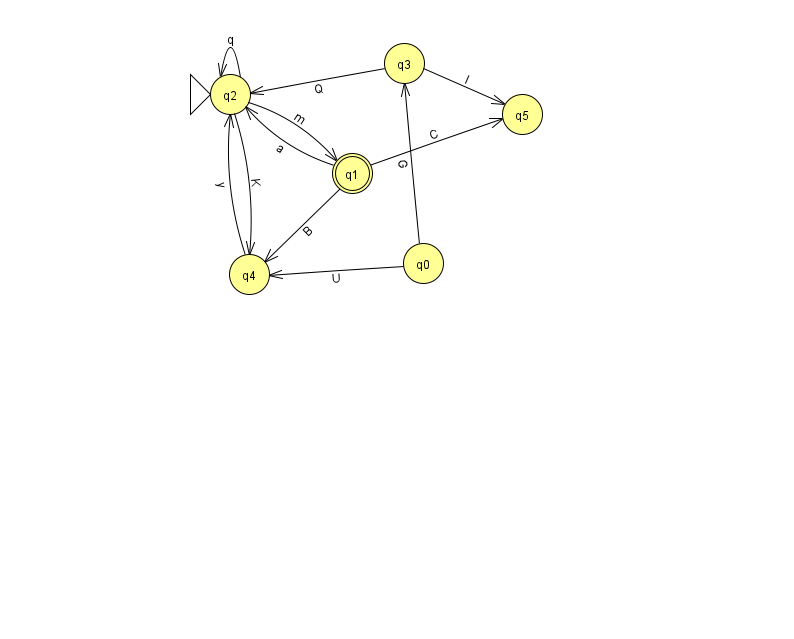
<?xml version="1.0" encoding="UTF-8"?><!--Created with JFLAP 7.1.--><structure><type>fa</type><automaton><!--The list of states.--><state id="0" name="q0"><x>423.0</x><y>250.0</y></state><state id="1" name="q1"><x>352.0</x><y>160.0</y><final/></state><state id="2" name="q2"><x>230.0</x><y>81.0</y><initial/></state><state id="3" name="q3"><x>404.0</x><y>50.0</y></state><state id="4" name="q4"><x>249.0</x><y>261.0</y></state><state id="5" name="q5"><x>522.0</x><y>101.0</y></state><!--The list of transitions.--><transition><from>1</from><to>2</to><read>a</read></transition><transition><from>2</from><to>2</to><read>q</read></transition><transition><from>2</from><to>4</to><read>K</read></transition><transition><from>3</from><to>5</to><read>l</read></transition><transition><from>4</from><to>2</to><read>y</read></transition><transition><from>0</from><to>4</to><read>U</read></transition><transition><from>0</from><to>3</to><read>G</read></transition><transition><from>1</from><to>5</to><read>C</read></transition><transition><from>1</from><to>4</to><read>B</read></transition><transition><from>3</from><to>2</to><read>Q</read></transition><transition><from>2</from><to>1</to><read>m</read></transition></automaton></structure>